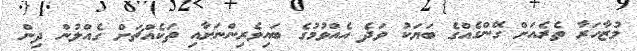
މުޒާހަރާ ތެރެއަށް ގޭންގެއްގެ ބަޔަކު ވަދެ އެއްވުމުގެ ބައިވެރިންނަށާއި ތަކެއްޗަށް ގެއްލުން ދިން